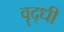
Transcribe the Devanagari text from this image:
वॄद्धी